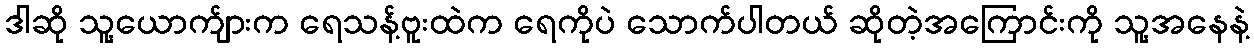
ဒါဆို သူ့ယောက်ျားက ရေသန့်ဗူးထဲက ရေကိုပဲ သောက်ပါတယ် ဆိုတဲ့အကြောင်းကို သူ့အနေနဲ့